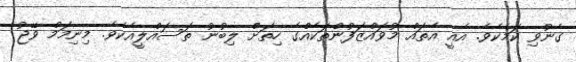
ގެނުވި ކަމެކެވެ. އެއީ އެތައް މުވައްޒަފުންތަކެއްގެ ހިތަށް ލިބުނު ތަސައްލީއެކެވެ. މިނިމަމް ވޭޖު